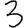
Digit: 3